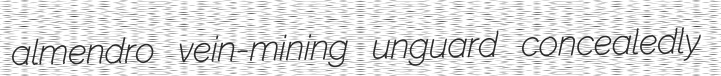
almendro vein-mining unguard concealedly